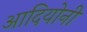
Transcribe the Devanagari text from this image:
आदियोनी